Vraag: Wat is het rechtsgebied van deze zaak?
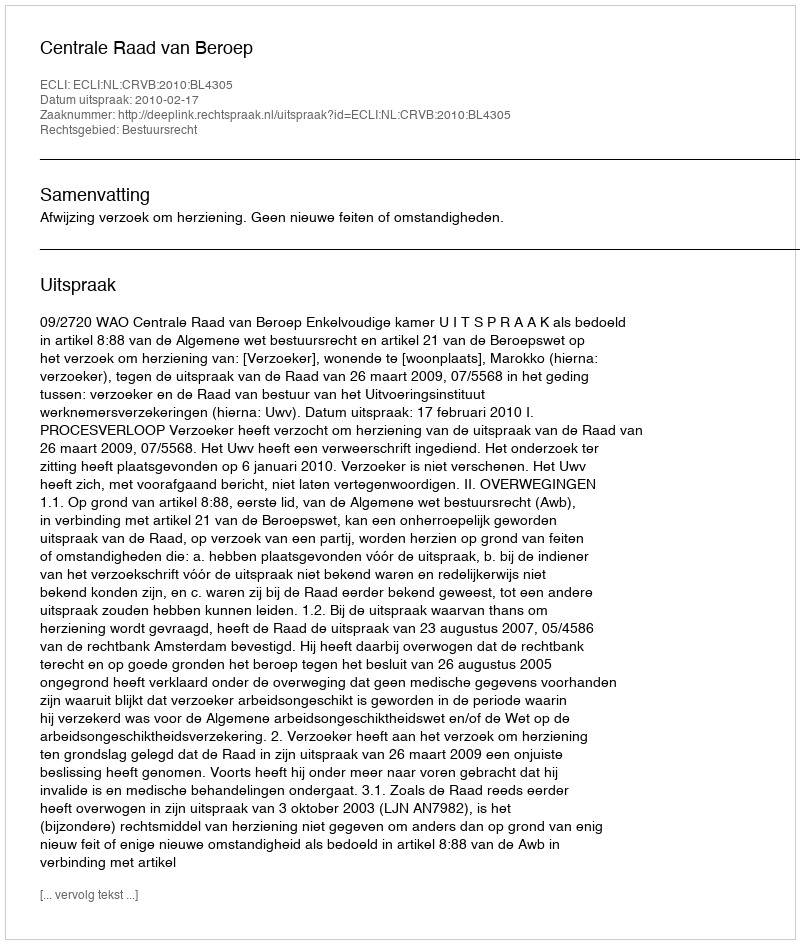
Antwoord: Bestuursrecht